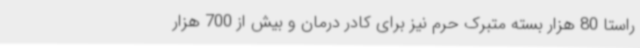
راستا 80 هزار بسته متبرک حرم نیز برای کادر درمان و بیش از 700 هزار